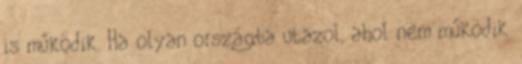
is működik. Ha olyan országba utazol, ahol nem működik